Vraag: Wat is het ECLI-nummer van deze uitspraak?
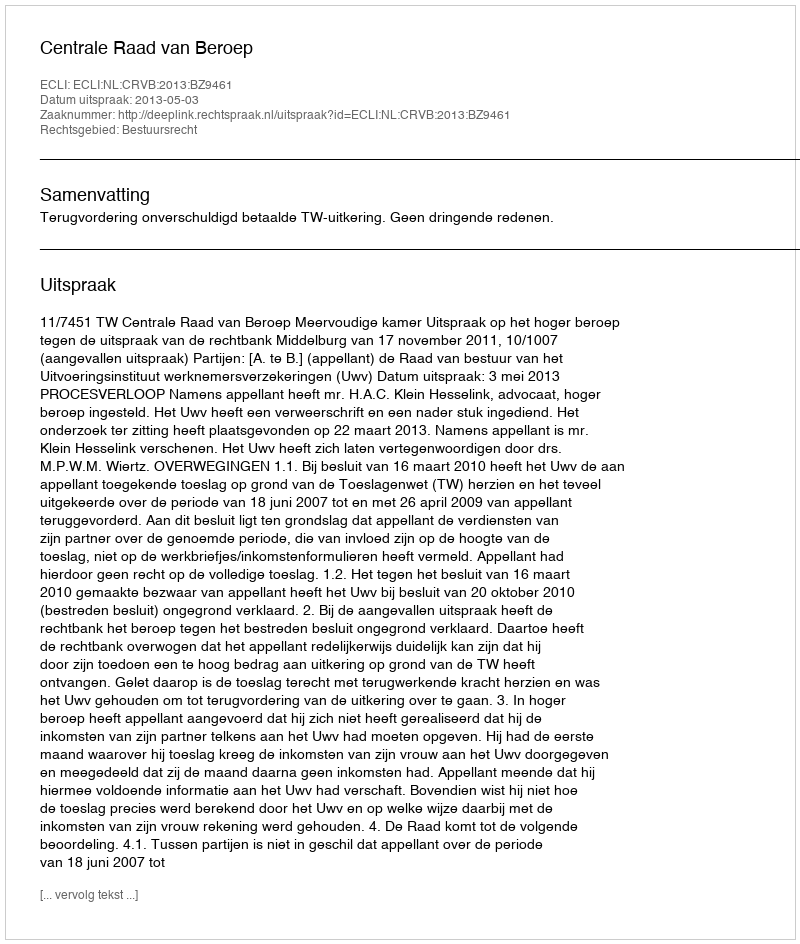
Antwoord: ECLI:NL:CRVB:2013:BZ9461